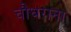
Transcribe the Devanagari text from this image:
चौधराना